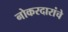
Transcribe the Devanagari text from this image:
नोकरदारांचे